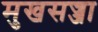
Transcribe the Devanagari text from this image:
मुखसज्जा